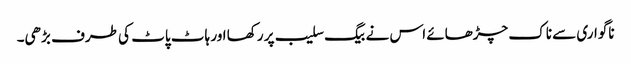
ناگواری سے ناک چڑھائے اس نے بیگ سلیب پر رکھا اور ہاٹ پاٹ کی طرف بڑھی۔